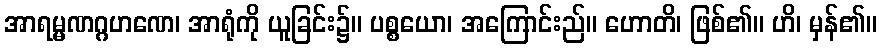
အာရမ္မဏဂ္ဂဟဏေ၊ အာရုံကို ယူခြင်း၌။ ပစ္စယော၊ အကြောင်းည်။ ဟောတိ၊ ဖြစ်၏။ ဟိ၊ မှန်၏။